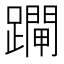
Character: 𨆇